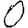
Digit: 0